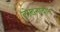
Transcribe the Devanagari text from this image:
लोखनादौन